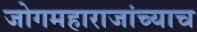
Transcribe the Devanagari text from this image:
जोगमहाराजांच्याच